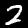
Label: 2